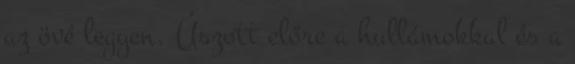
az övé legyen. Úszott előre a hullámokkal és a